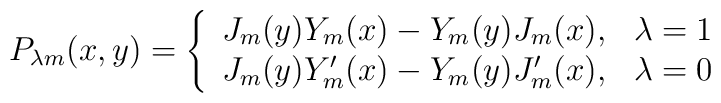
P_{\lambda m}(x,y)=\left\{ \begin{array}{ll}J_m(y)Y_m(x)-Y_m(y)J_m(x), & \lambda =1 \\J_m(y)Y'_m(x)-Y_m(y)J'_m(x), & \lambda =0 \end{array} \right.